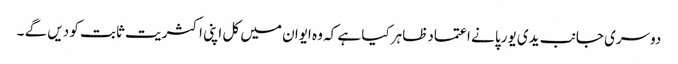
دوسری جانب یدی یورپا نے اعتمادظاہر کیا ہے کہ وہ ایوان میں کل اپنی اکثریت ثابت کو دیں گے ۔